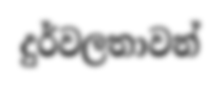
දුර්වලතාවන්